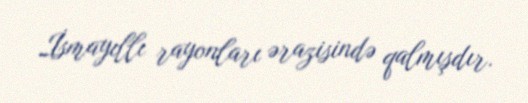
İsmayıllı rayonları ərazisində qalmışdır.